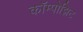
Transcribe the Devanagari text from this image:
कॉम्पोझिट